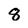
Character: 8